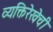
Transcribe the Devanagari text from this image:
व्यक्तिरेखेची